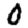
Digit: 0